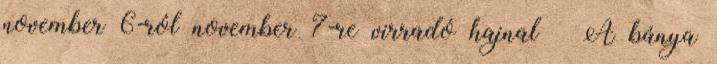
november 6-ról november 7-re virradó hajnal – A bánya